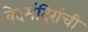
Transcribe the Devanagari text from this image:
वेदमंदिरांची